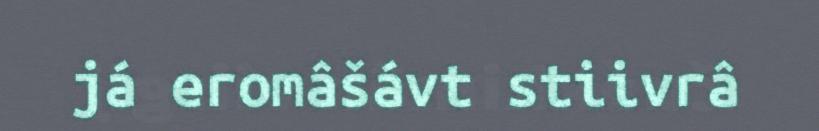
já eromâšávt stiivrâ